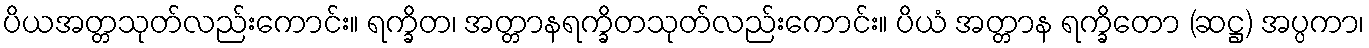
ပိယအတ္တသုတ်လည်းကောင်း။ ရက္ခိတ၊ အတ္တာနရက္ခိတသုတ်လည်းကောင်း။ ပိယံ အတ္တာန ရက္ခိတော (ဆဋ္ဌ) အပ္ပကာ၊